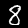
Digit: 8